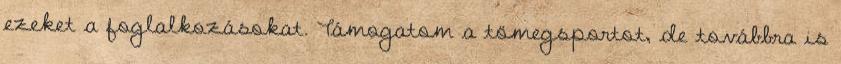
ezeket a foglalkozásokat. Támogatom a tömegsportot, de továbbra is